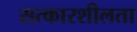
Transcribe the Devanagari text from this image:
सत्कारशीलता